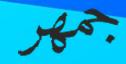
جمھر